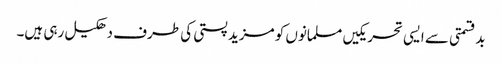
بدقسمتی سے ایسی تحریکیں مسلمانوں کو مزید پستی کی طرف دھکیل رہی ہیں۔